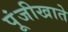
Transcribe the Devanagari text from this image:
पूंजीखाते